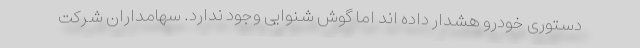
دستوری خودرو هشدار داده اند اما گوش شنوایی وجود ندارد. سهامداران شرکت